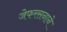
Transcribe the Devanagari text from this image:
जेफरसनाने